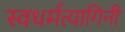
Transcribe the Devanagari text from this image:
स्वधर्मत्यागिनी